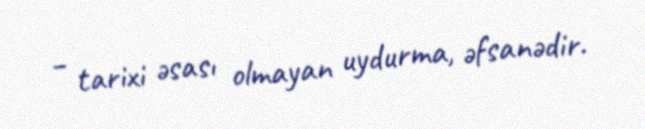
– tarixi əsası olmayan uydurma, əfsanədir.